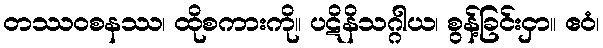
တဿဝစနဿ၊ ထိုစကားကို။ ပဋိနိသဂ္ဂါယ၊ စွန့်ခြင်းငှာ။ ဧဝံ၊